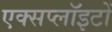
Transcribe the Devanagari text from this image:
एक्सप्लॉइटों